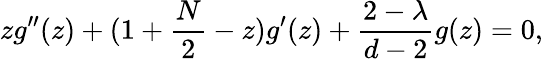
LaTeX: zg^{\prime\prime}(z)+(1+\frac{N}{2}-z)g^{\prime}(z)+\frac{2-\lambda}{d-2}g(z)=0,